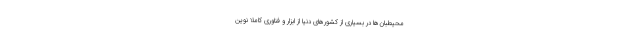
محیطبان‌ها در بسیاری از کشورهای دنیا از ابزار و فناوری کاملا نوین